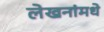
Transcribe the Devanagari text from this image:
लेखनांमधे